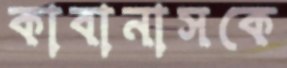
কাবানাসকে